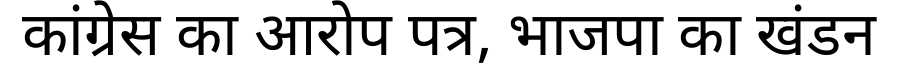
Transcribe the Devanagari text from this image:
कांग्रेस का आरोप पत्र, भाजपा का खंडन